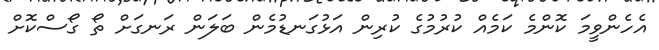
އެހެންވީމަ ކޮންމެ ކަމެއް ކުރުމުގެ ކުރިން އަޅުގަނޑުމެން ބަލަން ރަނގަށް ތޯ ގޯސްކޮށް